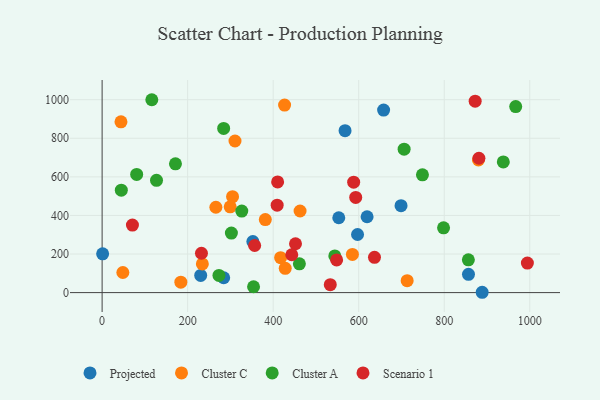
{"axis": {"x": "Investment", "y": "Fuel Efficiency"}, "legend": ["Cluster A", "Cluster C", "Projected", "Scenario 1"], "data": [{"x": "619.6", "y": 393.1, "type": "Projected"}, {"x": "553.4", "y": 388.0, "type": "Projected"}, {"x": "1.2", "y": 201.0, "type": "Projected"}, {"x": "658.2", "y": 946.2, "type": "Projected"}, {"x": "699.0", "y": 450.8, "type": "Projected"}, {"x": "284.3", "y": 77.1, "type": "Projected"}, {"x": "230.5", "y": 88.8, "type": "Projected"}, {"x": "888.7", "y": 1.7, "type": "Projected"}, {"x": "352.5", "y": 264.3, "type": "Projected"}, {"x": "597.3", "y": 301.1, "type": "Projected"}, {"x": "568.1", "y": 839.5, "type": "Projected"}, {"x": "856.7", "y": 94.7, "type": "Projected"}, {"x": "428.2", "y": 125.6, "type": "Cluster C"}, {"x": "585.3", "y": 197.8, "type": "Cluster C"}, {"x": "880.0", "y": 688.0, "type": "Cluster C"}, {"x": "713.3", "y": 61.8, "type": "Cluster C"}, {"x": "184.1", "y": 54.3, "type": "Cluster C"}, {"x": "305.0", "y": 497.4, "type": "Cluster C"}, {"x": "48.5", "y": 104.2, "type": "Cluster C"}, {"x": "44.1", "y": 885.3, "type": "Cluster C"}, {"x": "310.7", "y": 785.9, "type": "Cluster C"}, {"x": "234.4", "y": 148.5, "type": "Cluster C"}, {"x": "417.4", "y": 180.8, "type": "Cluster C"}, {"x": "462.9", "y": 423.0, "type": "Cluster C"}, {"x": "266.0", "y": 442.5, "type": "Cluster C"}, {"x": "381.6", "y": 378.3, "type": "Cluster C"}, {"x": "299.5", "y": 444.6, "type": "Cluster C"}, {"x": "426.7", "y": 972.3, "type": "Cluster C"}, {"x": "706.2", "y": 743.3, "type": "Cluster A"}, {"x": "798.4", "y": 336.0, "type": "Cluster A"}, {"x": "116.2", "y": 999.8, "type": "Cluster A"}, {"x": "749.0", "y": 610.4, "type": "Cluster A"}, {"x": "80.8", "y": 612.7, "type": "Cluster A"}, {"x": "461.3", "y": 149.0, "type": "Cluster A"}, {"x": "44.9", "y": 531.0, "type": "Cluster A"}, {"x": "354.1", "y": 30.3, "type": "Cluster A"}, {"x": "967.1", "y": 964.5, "type": "Cluster A"}, {"x": "302.3", "y": 308.5, "type": "Cluster A"}, {"x": "856.4", "y": 169.7, "type": "Cluster A"}, {"x": "127.2", "y": 581.8, "type": "Cluster A"}, {"x": "273.2", "y": 89.0, "type": "Cluster A"}, {"x": "544.1", "y": 189.9, "type": "Cluster A"}, {"x": "284.2", "y": 851.0, "type": "Cluster A"}, {"x": "171.5", "y": 667.5, "type": "Cluster A"}, {"x": "938.1", "y": 677.5, "type": "Cluster A"}, {"x": "326.6", "y": 422.8, "type": "Cluster A"}, {"x": "409.3", "y": 453.1, "type": "Scenario 1"}, {"x": "872.3", "y": 992.1, "type": "Scenario 1"}, {"x": "533.5", "y": 41.3, "type": "Scenario 1"}, {"x": "452.2", "y": 253.3, "type": "Scenario 1"}, {"x": "588.2", "y": 572.4, "type": "Scenario 1"}, {"x": "548.4", "y": 169.4, "type": "Scenario 1"}, {"x": "593.0", "y": 493.6, "type": "Scenario 1"}, {"x": "70.9", "y": 349.8, "type": "Scenario 1"}, {"x": "636.9", "y": 182.9, "type": "Scenario 1"}, {"x": "881.1", "y": 696.5, "type": "Scenario 1"}, {"x": "232.3", "y": 204.0, "type": "Scenario 1"}, {"x": "443.5", "y": 196.1, "type": "Scenario 1"}, {"x": "410.4", "y": 573.5, "type": "Scenario 1"}, {"x": "994.4", "y": 153.1, "type": "Scenario 1"}, {"x": "356.7", "y": 244.1, "type": "Scenario 1"}]}